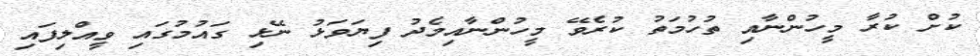
ކުށް ކުރާ މީހުންނާއި ތުހުމަތު ކުރެވޭ މީހުންނާއިމެދު ފިޔަވަޅު ނޭޅި ގައުމުގައި ވީއްލިފައި